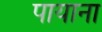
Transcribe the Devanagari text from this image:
पायाना